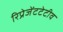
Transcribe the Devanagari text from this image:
रिप्रेजेंटटेटीव